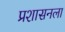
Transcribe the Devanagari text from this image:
प्रशासनला